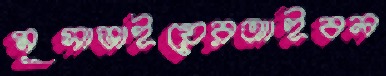
মূসাভাইয়েরআইবল